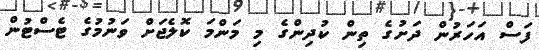
ފަސް އަހަރުން ދަށުގެ ތިން ކުދިންގެ މި މަންމަ ކޮލެޖަށް ވަނުމުގެ ޓެސްޓުން